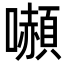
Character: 𭌍